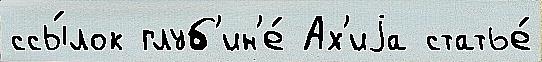
ссы́лок глуб'ин'е́ Ах'иjа статье́